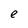
Character: e